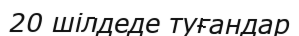
20 шілдеде туғандар